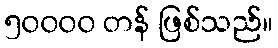
၅၀၀၀၀ တန် ဖြစ်သည်။